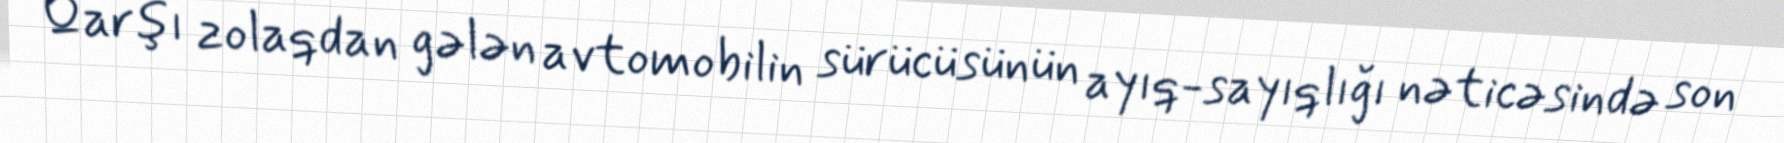
Qarşı zolaqdan gələn avtomobilin sürücüsünün ayıq-sayıqlığı nəticəsində son